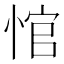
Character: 悺